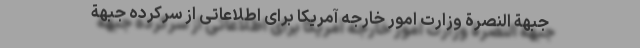
جبهة النصرة وزارت امور خارجه آمریکا برای اطلاعاتی از سرکرده جبهة